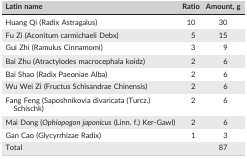
| Latin name | Ratio | Amount, g |
 | --- | --- | --- |
 | Huang Qi (Radix Astragalus) | 10 | 30 |
 | Fu Zi (Aconitum carmichaeli Debx) | 5 | 15 |
 | Gui Zhi (Ramulus Cinnamomi) | 3 | 9 |
 | Bai Zhu (Atractylodes macrocephala koidz) | 2 | 6 |
 | Bai Shao (Radix Paeoniae Alba) | 2 | 6 |
 | Wu Wei Zi (Fructus Schisandrae Chinensis) | 2 | 6 |
 | Fang Feng (Saposhnikovia divaricata (Turcz.) Schischk) | 2 | 6 |
 | Mai Dong (Ophiopogon japonicus (Linn. f.) Ker‐Gawl) | 2 | 6 |
 | Gan Cao (Glycyrrhizae Radix) | 1 | 3 |
 | Total |  | 87 |